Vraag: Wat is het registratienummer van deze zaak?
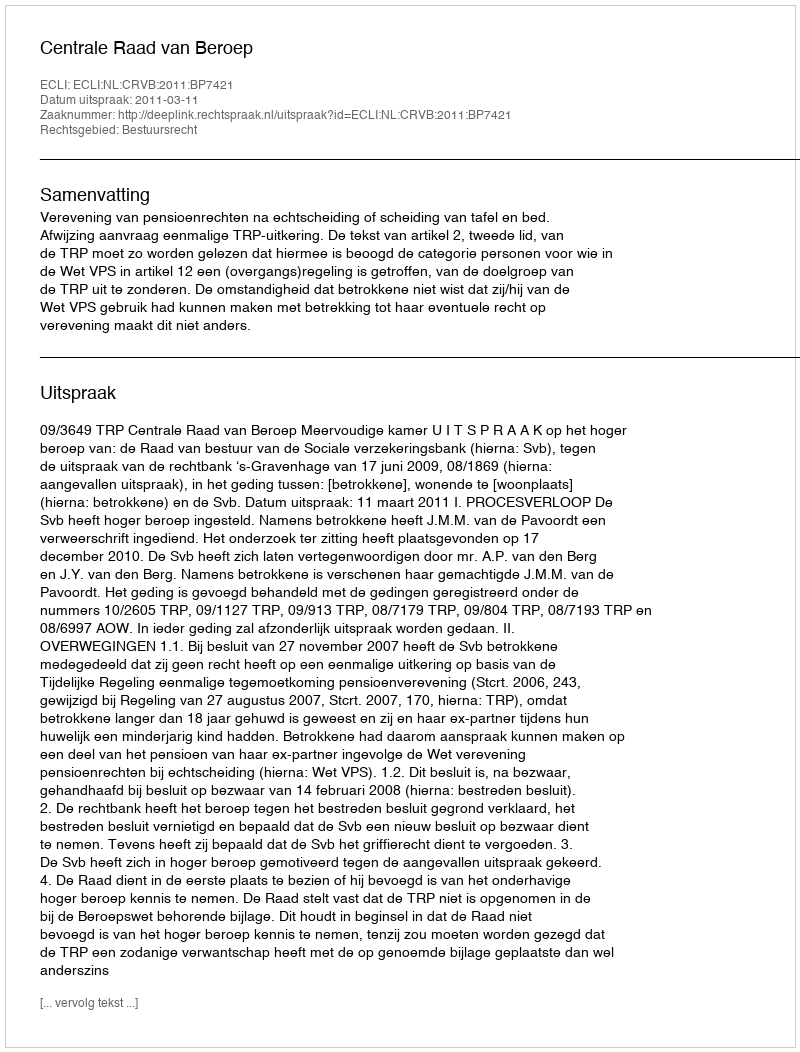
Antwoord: http://deeplink.rechtspraak.nl/uitspraak?id=ECLI:NL:CRVB:2011:BP7421